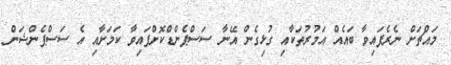
މައްޗަށް ނެރެފައިވާ ބައެއް އަމުރުތަކާއި ގުޅިގެން އޭނާ ސަސްޕެންޑްކޮށްފައިވާ ކަމަށާއި އެ ސަސްޕެންޝަން